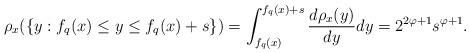
LaTeX: \begin{align*}&\rho_x(\{y: f_{q}(x)\leq y\leq f_{q}(x)+s\})=\int_{f_q(x)}^{f_{q}(x)+s}\frac{d\rho_x(y)}{dy}dy=2^{2\varphi+1}s^{\varphi+1}.\end{align*}